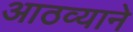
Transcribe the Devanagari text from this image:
आठव्याने